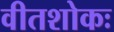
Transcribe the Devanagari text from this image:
वीतशोकः